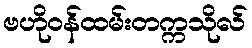
ဗဟိုဝန်ထမ်းတက္ကသိုလ်